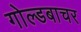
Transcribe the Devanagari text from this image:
गोल्डबाचर